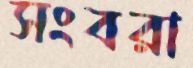
সংবরা